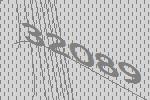
32089